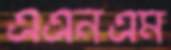
এএনএম